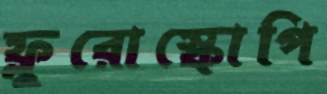
ফ্লুরোস্কোপি